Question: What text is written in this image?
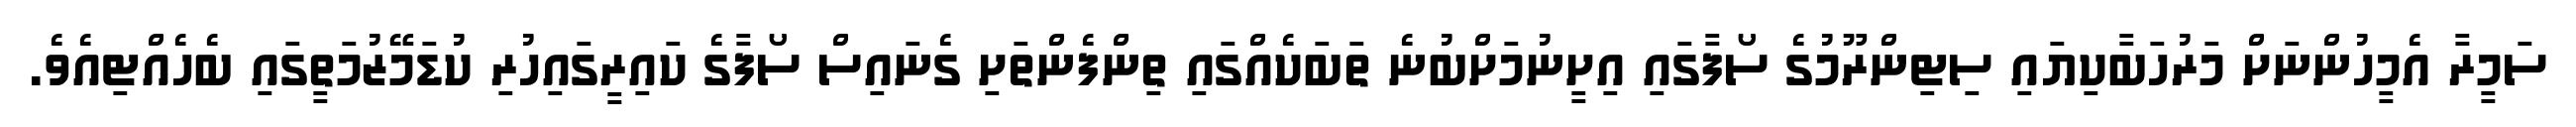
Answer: ސަމީރާ އެމީހުންނަށް މަރުހަބާކިޔައި ސިޓިންރޫމުގެ ސޯފާގައި އިށީނުމަށްބުނެ ތަބަކެއްގައި ތިންފެންތަށި ގެނައިސް ސޯފާގެ ކައިރީގައިހުރި ކުޑަމޭޒުމަތީގައި ބެހެއްޓިއެވެ.